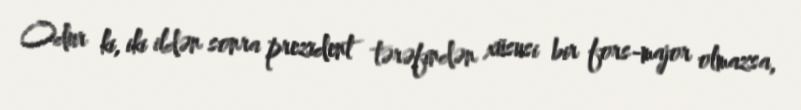
Odur ki, iki ildən sonra prezident tərəfindən xüsusi bir fors-major olmazsa,